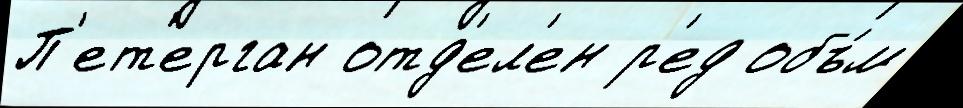
П'ет'ерган отд'ел'ен р'ед объ́м